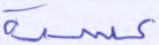
عسرة